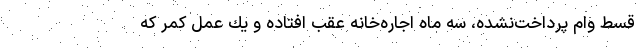
قسط وام پرداخت‌نشده، سه ماه اجاره‌خانه عقب افتاده و يك عمل كمر كه